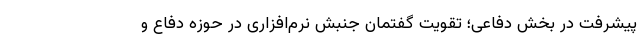
پیشرفت در بخش دفاعی؛ تقویت گفتمان جنبش­ نرم‌افزاری در حوزه دفاع و